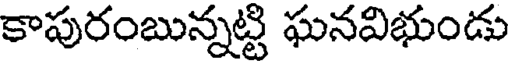
కాపురంబున్నట్టి ఘనవిభుండు